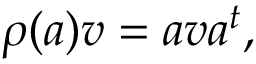
\rho ( a ) v = a v a ^ { t } ,